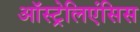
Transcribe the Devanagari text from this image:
ऑस्ट्रेलिएंसिस